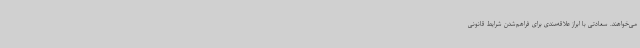
می‌خواهند. سعادتی با ابراز علاقه‌مندی برای فراهم‌شدن شرایط قانونی